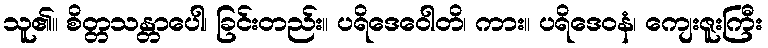
သူ၏။ စိတ္တသန္တာပေါ၊ ခြင်းတည်း။ ပရိဒေဝေါတိ၊ ကား။ ပရိဒေဝနံ၊ ကျေးဇူးကြီး